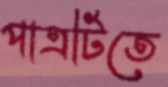
পাত্রটিতে